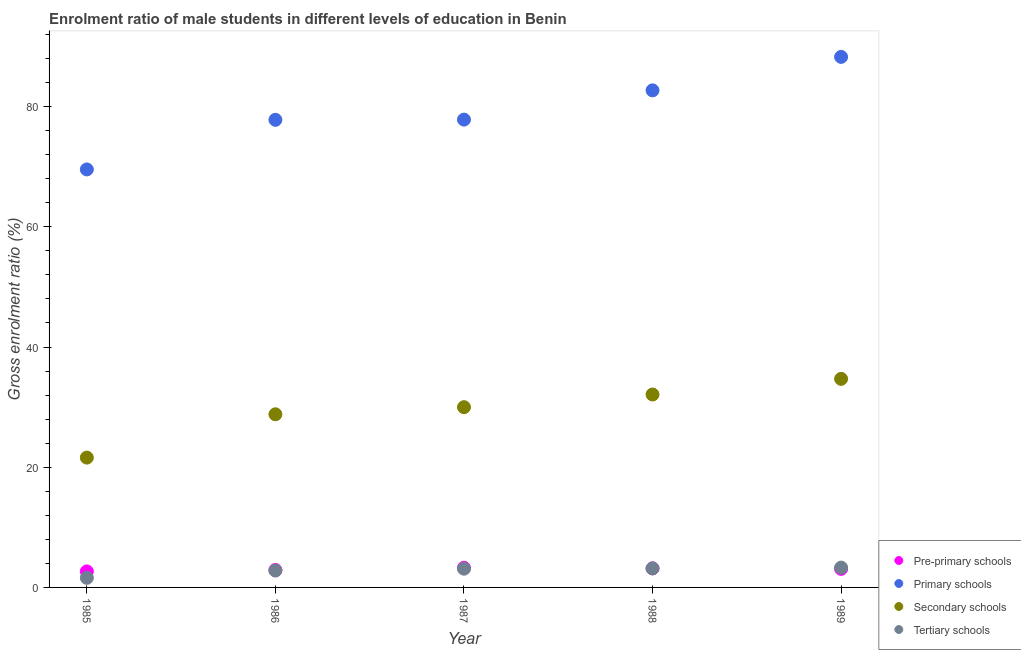
| Year | Pre-primary schools | Primary schools | Secondary schools | Tertiary schools |
 | --- | --- | --- | --- | --- |
 | 1985 | 2.67 | 69.5 | 21.6 | 1.6 |
 | 1986 | 2.9 | 77.8 | 28.8 | 2.81 |
 | 1987 | 3.26 | 77.8 | 30 | 3.12 |
 | 1988 | 3.17 | 82.7 | 32.1 | 3.16 |
 | 1989 | 3.09 | 88.3 | 34.7 | 3.3 |